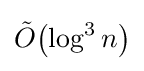
{\tilde {O}}{\mathord {\left(\log ^{3}n\right)}}